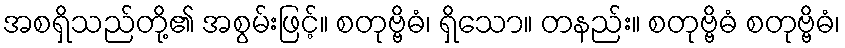
အစရှိသည်တို့၏ အစွမ်းဖြင့်။ စတုဗ္ဗိဓံ၊ ရှိသော။ တနည်း။ စတုဗ္ဗိဓံ စတုဗ္ဗိဓံ၊